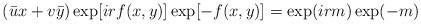
LaTeX: \begin{align*}(\bar{u} x + v \bar{y}) \exp [ i r f(x,y)] \exp [-f(x,y)] = \exp ( i r m) \exp (-m) \end{align*}